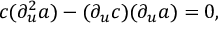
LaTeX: c ( \partial _ { u } ^ { 2 } a ) - ( \partial _ { u } c ) ( \partial _ { u } a ) = 0 ,